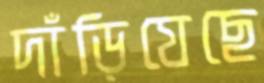
দাঁড়িযেছে